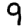
Digit: 9